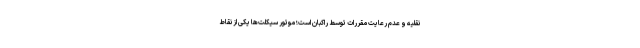
نقلیه و عدم رعایت مقررات توسط راکبان است؛ موتور سیکلت‌ها یکی از نقاط